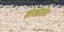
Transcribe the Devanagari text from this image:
सेखमेट